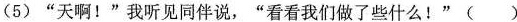
(5)”天啊！”我听见同伴说，”看看我们做了些什么！”()